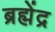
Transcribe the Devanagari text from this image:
ब्रह्मेंद्र